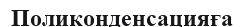
Поликонденсацияға